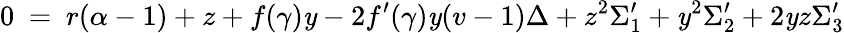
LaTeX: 0~=~r(\alpha-1)+z+f(\gamma)\mathit{y}-2f^{\prime}(\gamma)\mathit{y}(v-1)\Delta+z^{2}\Sigma_{1}^{\prime}+\mathit{y}^{2}\Sigma_{2}^{\prime}+2\mathit{y}z\Sigma_{3}^{\prime}